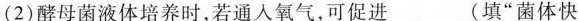
(2)酵母菌液体培养时，若通人氧气，可促进___(填”菌体快